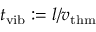
t _ { \mathrm { v i b } } : = l / v _ { \mathrm { t h m } }